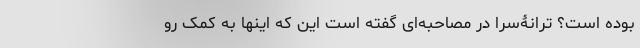
بوده است؟ ترانۀ‌سُرا در مصاحبه‌ای گفته است این که اینها به کمک رو